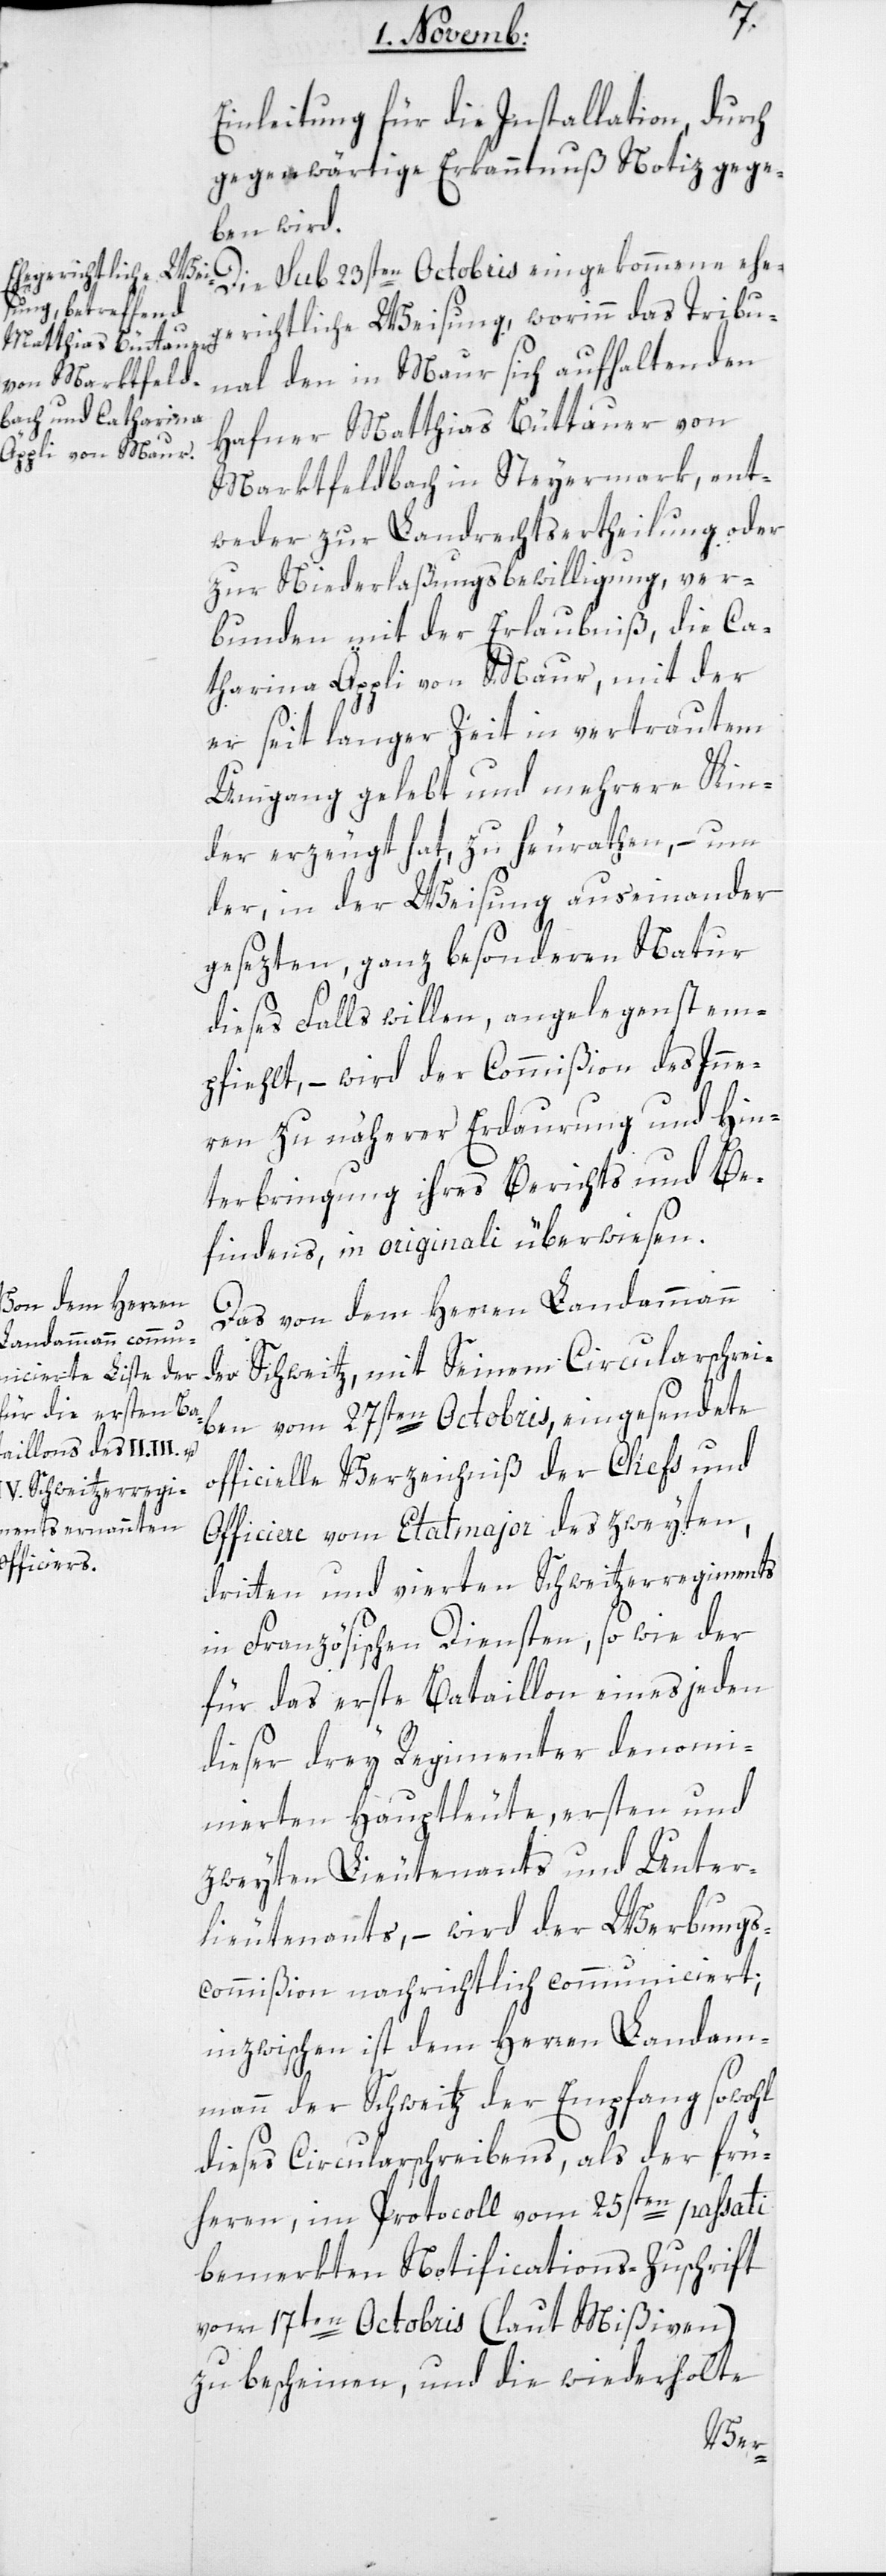
Einleitung für die Installation, durch
gegenwärtige Erkanntnuß Notiz gege¬
ben wird.
Die sub 23sten Octobris eingekommene ehe¬
gerichtliche Weisung, worinn des Tribu¬
nal den in Maur sich aufhaltenden
Hafner Matthias Büttauer von
Marktfeldbach in Steyermark, ent¬
weder zur Landrechtsertheilung oder
zur Niederlaßungsbewilligung, ver¬
bunden mit der Erlaubniß, die Ca¬
tharina Äppli von Maur, mit der
er seit langer Zeit in vertrautem
Umgang gelebt, und mehrere Kin¬
der erzeugt hat, zu heurathen, – um
der, in der Weisung auseinander
gesezten, ganz besonderen Natur
dieses Falls willen, angelegenst em¬
pfiehlt, – wird der Commißion des Inne¬
ren zu näherer Erdaurung und Hin¬
terbringung ihres Berichts und Be¬
findens, in originali überwiesen.
Das von dem Herren Landammann
der Schweitz, mit Seinem Circularschrei¬
ben vom 27sten Octobris, eingesendete
officielle Verzeichniß der Chefs und
Officiere vom Etatmajor des zweyten,
dritten und vierten Schweitzerregiments
in Französischen Diensten, sowie der
für das erste Bataillon eines jeden
dieser drey Regimenter denomi¬
nierten Hauptleute, ersten und
zweyten Lieutenants und Unter¬
lieutenants, – wird der Werbungs¬
commißion nachrichtlich communiciert;
inzwischen ist dem Herren Landam¬
mann der Schweitz der Empfang sowohl
dieses Circularschreibens, als der frü¬
heren, im Protocoll vom 25sten passati
bemerkten Notifications-Zuschrift
vom 17ten Octobris (laut Mißiven)
zu bescheinen, und die wiederholte